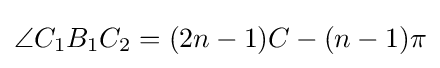
\angle C_{1}B_{1}C_{2}=(2n-1)C-(n-1)\pi